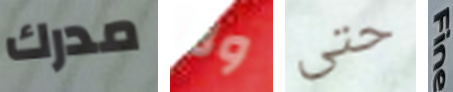
مدرك ولا حتى Fine